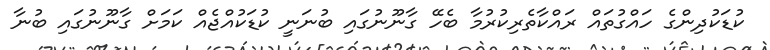
ކުޑަކުދިންގެ ހައްގުތައް ރައްކާތެރިކުރުމާ ބެހޭ ގާނޫނުގައި ބުނަނީ ކުޑަކުއްޖެއް ކަމަށް ގާނޫނުގައި ބުނާ